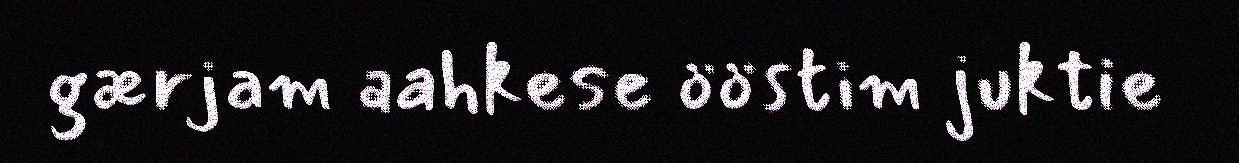
gærjam aahkese ööstim juktie